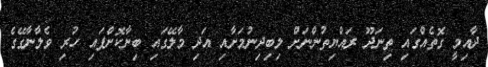
ދާއިމީ ގޮތެއްގައި ތިނަދޫ ރައްޔިތުންނަށް ލިބިދިނުމަށާއި އަދި މާލޭގައި ބިނާކޮށްފައި ހުރި ވެލާނާގޭގެ